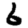
Digit: 6